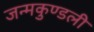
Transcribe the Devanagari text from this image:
जन्‍मकुण्‍डली